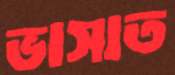
ভাসাত